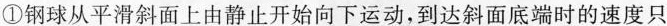
①钢球从平滑斜面上由静止开始向下运动，到达斜面底端时的速度只